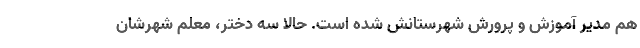
هم مدیر آموزش و پرورش شهرستانش شده است. حالا سه دختر، معلم شهرشان